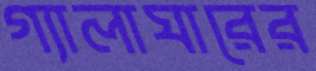
গ্যালাঘারের